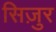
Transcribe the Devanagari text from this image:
सिज़ुर